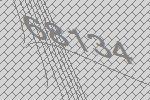
68134